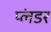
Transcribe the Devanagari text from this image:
प्लंडर